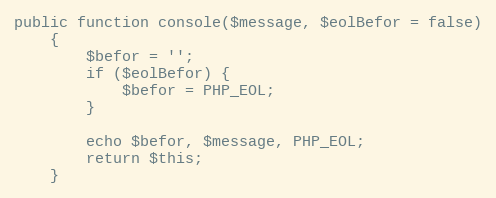
Language: PHP
public function console($message, $eolBefor = false)
    {
        $befor = '';
        if ($eolBefor) {
            $befor = PHP_EOL;
        }

        echo $befor, $message, PHP_EOL;
        return $this;
    }